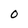
Character: O